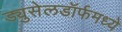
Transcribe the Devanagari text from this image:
ड्युसेलडॉर्फमध्ये